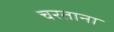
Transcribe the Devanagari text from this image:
चरताना